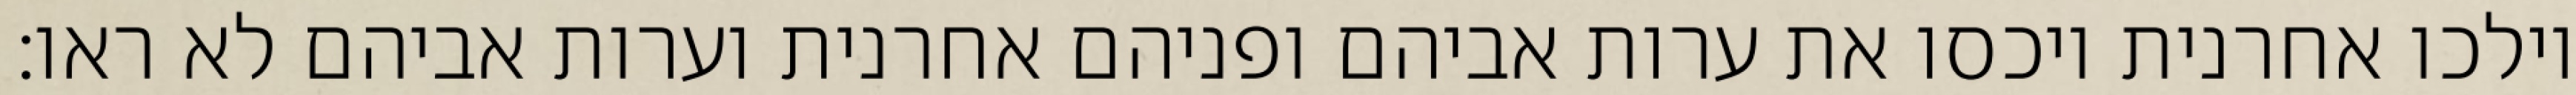
וילכו אחרנית ויכסו את ערות אביהם ופניהם אחרנית וערות אביהם לא ראו׃